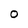
Character: O